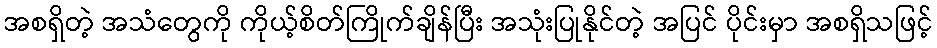
အစရှိတဲ့ အသံတွေကို ကိုယ့်စိတ်ကြိုက်ချိန်ပြီး အသုံးပြုနိုင်တဲ့ အပြင် ပိုင်းမှာ အစရှိသဖြင့်